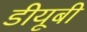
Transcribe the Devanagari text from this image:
डीयूबी